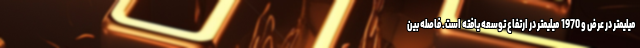
میلیمتر در عرض و 1970 میلیمتر در ارتفاع توسعه یافته است. فاصله بین